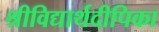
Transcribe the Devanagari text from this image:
श्रीविद्यार्थदीपिका